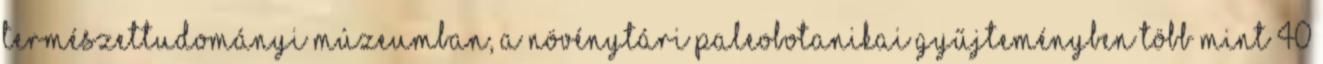
Természettudományi Múzeumban, a növénytári paleobotanikai gyűjteményben több mint 40